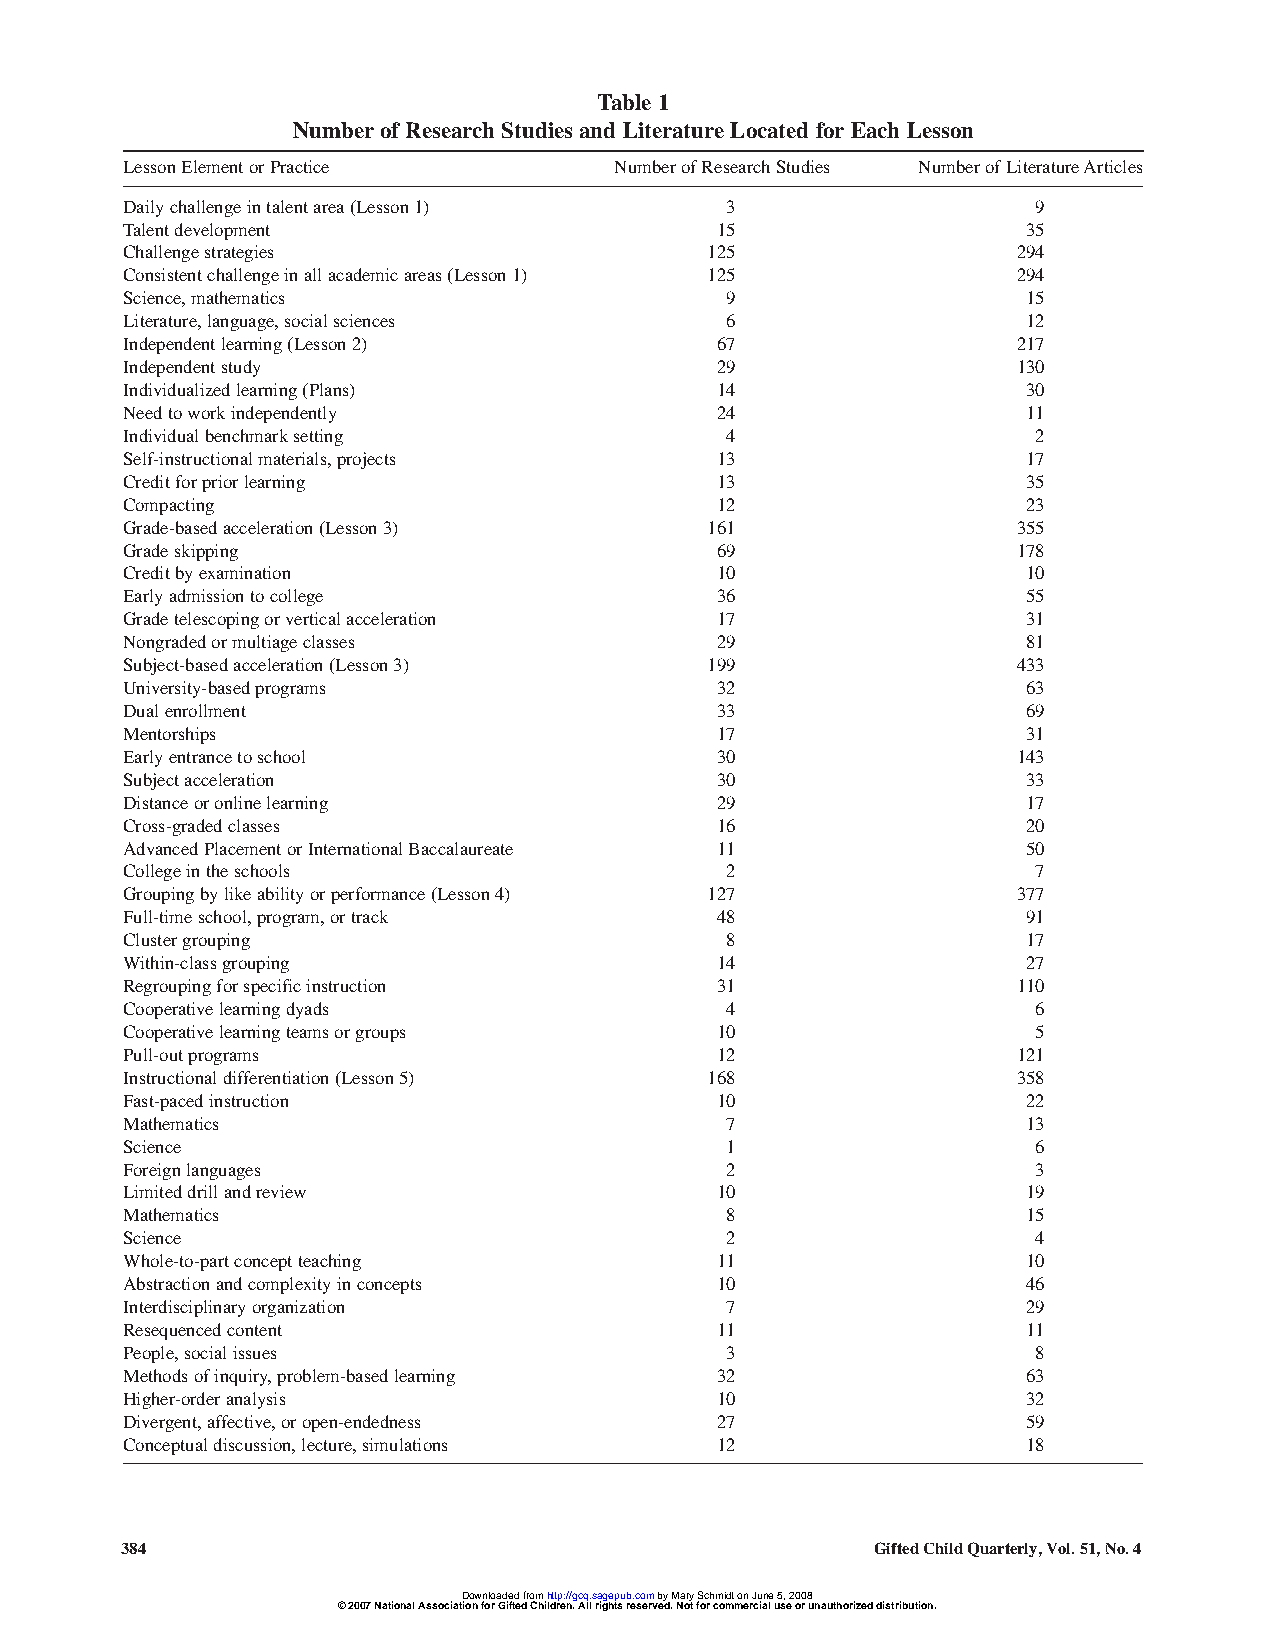
Table 1
 Number of Research Studies and Literature Located for Each Lesson
 Lesson Element or Practice       Number of Research Studies Number of Literature Articles
 Daily challenge in talent area (Lesson 1) 3                  9
 Talent development                     15                   35
 Challenge strategies                   125                 294
 Consistent challenge in all academic areas (Lesson 1) 125  294
 Science,mathematics                     9                   15
 Literature,language,social sciences     6                   12
 Independent learning (Lesson 2)        67                  217
 Independent study                      29                  130
 Individualized learning (Plans)        14                   30
 Need to work independently             24                   11
 Individual benchmark setting            4                    2
 Self-instructional materials,projects  13                   17
 Credit for prior learning              13                   35
 Compacting                             12                   23
 Grade-based acceleration (Lesson 3)    161                 355
 Grade skipping                         69                  178
 Credit by examination                  10                   10
 Early admission to college             36                   55
 Grade telescoping or vertical acceleration 17               31
 Nongraded or multiage classes          29                   81
 Subject-based acceleration (Lesson 3)  199                 433
 University-based programs              32                   63
 Dual enrollment                        33                   69
 Mentorships                            17                   31
 Early entrance to school               30                  143
 Subject acceleration                   30                   33
 Distance or online learning            29                   17
 Cross-graded classes                   16                   20
 Advanced Placement or International Baccalaureate 11        50
 College in the schools                  2                    7
 Grouping by like ability or performance (Lesson 4) 127     377
 Full-time school,program,or track      48                   91
 Cluster grouping                        8                   17
 Within-class grouping                  14                   27
 Regrouping for specific instruction    31                  110
 Cooperative learning dyads              4                    6
 Cooperative learning teams or groups   10                    5
 Pull-out programs                      12                  121
 Instructional differentiation (Lesson 5) 168               358
 Fast-paced instruction                 10                   22
 Mathematics                             7                   13
 Science                                 1                    6
 Foreign languages                       2                    3
 Limited drill and review               10                   19
 Mathematics                             8                   15
 Science                                 2                    4
 Whole-to-part concept teaching         11                   10
 Abstraction and complexity in concepts 10                   46
 Interdisciplinary organization          7                   29
 Resequenced content                    11                   11
 People,social issues                    3                    8
 Methods of inquiry,problem-based learning 32                63
 Higher-order analysis                  10                   32
 Divergent,affective,or open-endedness  27                   59
 Conceptual discussion,lecture,simulations 12                18
 384                                               Gifted Child Quarterly, Vol. 51, No. 4
 Downloaded from http://gcq.sagepub.com by Mary Schmidt on June 5, 2008
 © 2007 National Association for Gifted Children. All rights reserved. Not for commercial use or unauthorized distribution.